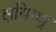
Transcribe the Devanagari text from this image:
क्षयिष्णु